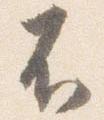
不